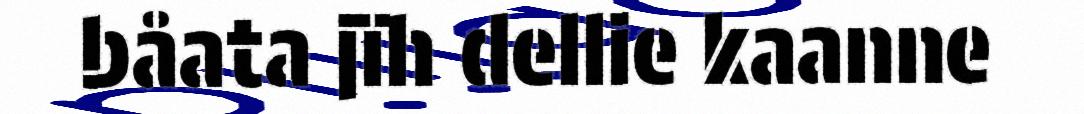
båata jïh dellie kaanne